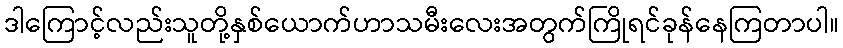
ဒါကြောင့်လည်းသူတို့နှစ်ယောက်ဟာသမီးလေးအတွက်ကြိုရင်ခုန်နေကြတာပါ။